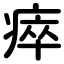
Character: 瘁